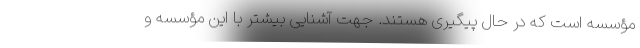
مؤسسه است که در حال پیگیری هستند. جهت آشنایی بیشتر با این مؤسسه و